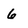
Character: 6